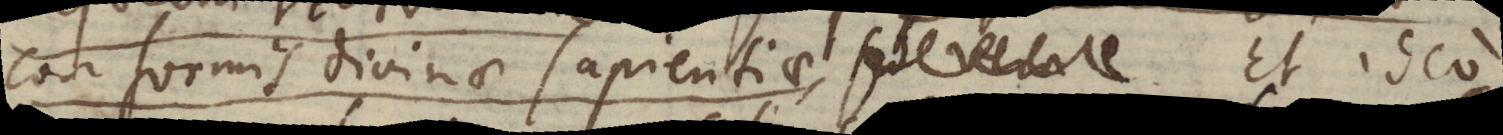
conformis Divinae sapientiae. sed vera Et ideo